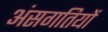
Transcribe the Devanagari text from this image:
अंसगतियों